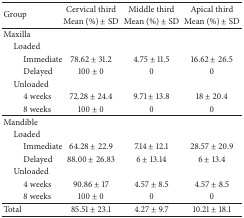
| <ROWSPAN=2> Group | Cervical third | Middle third | Apical third |
 | Mean (%) ± SD | Mean (%) ± SD | Mean (%) ± SD |
 | --- | --- | --- | --- |
 | Maxilla |  |  |  |
 | Loaded |  |  |  |
 | Immediate | 78.62 ± 31.2 | 4.75 ± 11.5 | 16.62 ± 26.5 |
 | Delayed | 100 ± 0 | 0 | 0 |
 | Unloaded |  |  |  |
 | 4 weeks | 72.28 ± 24.4 | 9.71 ± 13.8 | 18 ± 20.4 |
 | 8 weeks | 100 ± 0 | 0 | 0 |
 | Mandible |  |  |  |
 | Loaded |  |  |  |
 | Immediate | 64.28 ± 22.9 | 7.14 ± 12.1 | 28.57 ± 20.9 |
 | Delayed | 88.00 ± 26.83 | 6 ± 13.14 | 6 ± 13.4 |
 | Unloaded |  |  |  |
 | 4 weeks | 90.86 ± 17 | 4.57 ± 8.5 | 4.57 ± 8.5 |
 | 8 weeks | 100 ± 0 | 0 | 0 |
 | Total | 85.51 ± 23.1 | 4.27 ± 9.7 | 10.21 ± 18.1 |